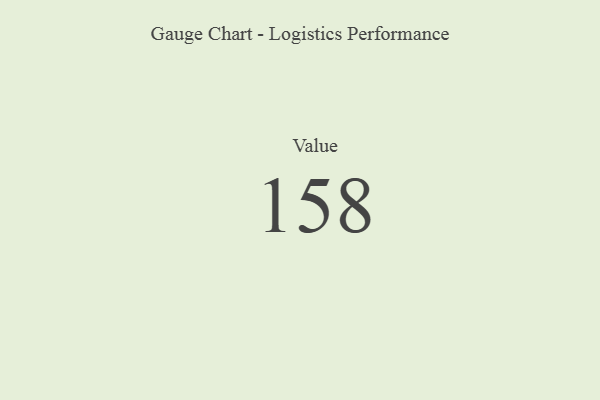
{"axis": {"x": "Metric", "y": "Value"}, "legend": [""], "data": [{"x": "Value", "y": 158, "type": ""}]}